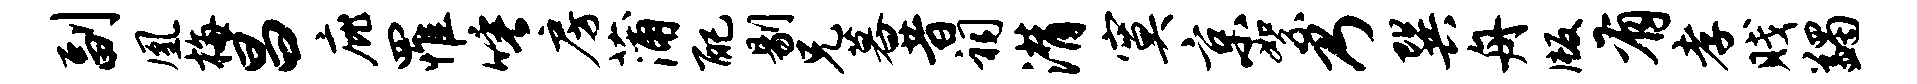
副凰梅昌庇罹唾房蒲配剔兄暮昔祠潸寞京絮乃巽舟版有孝贱蠲